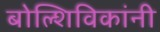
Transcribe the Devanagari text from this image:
बोल्शिविकांनी